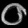
Digit: ၀